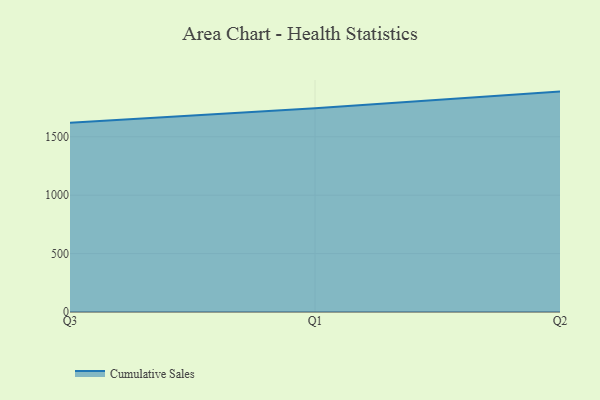
{"axis": {"x": "Quarter", "y": "Budget (USD K)"}, "legend": ["Cumulative Sales"], "data": [{"x": "Q3", "y": 1619.9, "type": "Cumulative Sales"}, {"x": "Q1", "y": 1744.6, "type": "Cumulative Sales"}, {"x": "Q2", "y": 1886.8, "type": "Cumulative Sales"}]}